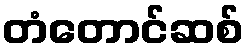
တံတောင်ဆစ်